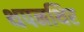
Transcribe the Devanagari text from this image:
थपनथिर